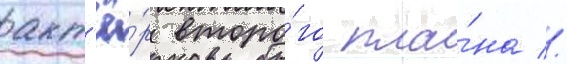
акт'ё́р второ́го пла́на //